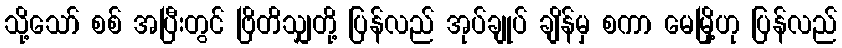
သို့သော် စစ် အပြီးတွင် ဗြိတိသျှတို့ ပြန်လည် အုပ်ချုပ် ချိန်မှ စကာ မေမြို့ဟု ပြန်လည်